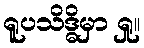
ရူပသိဒ္ဓိမှာ ရှု။